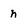
Character: n